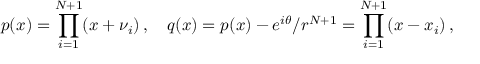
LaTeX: p ( x ) = \prod _ { i = 1 } ^ { N + 1 } ( x + \nu _ { i } ) \, , \quad q ( x ) = p ( x ) - e ^ { i \theta } / r ^ { N + 1 } = \prod _ { i = 1 } ^ { N + 1 } ( x - x _ { i } ) \, ,